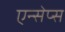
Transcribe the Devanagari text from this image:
एन्सेप्स